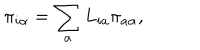
LaTeX: \pi _ { i \alpha } = \sum _ { a } L _ { i a } \pi _ { a \alpha } ,